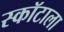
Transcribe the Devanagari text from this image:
स्कॉटाला